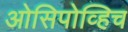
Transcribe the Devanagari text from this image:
ओसिपोव्हिच